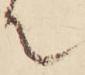
て